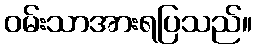
ဝမ်းသာအားရပြသည်။